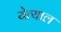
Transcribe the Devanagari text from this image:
येत्याल